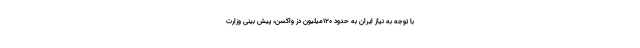
با توجه به نیاز ایران به حدود ۱۲۰میلیون دز واکسن، پیش بینی وزارت